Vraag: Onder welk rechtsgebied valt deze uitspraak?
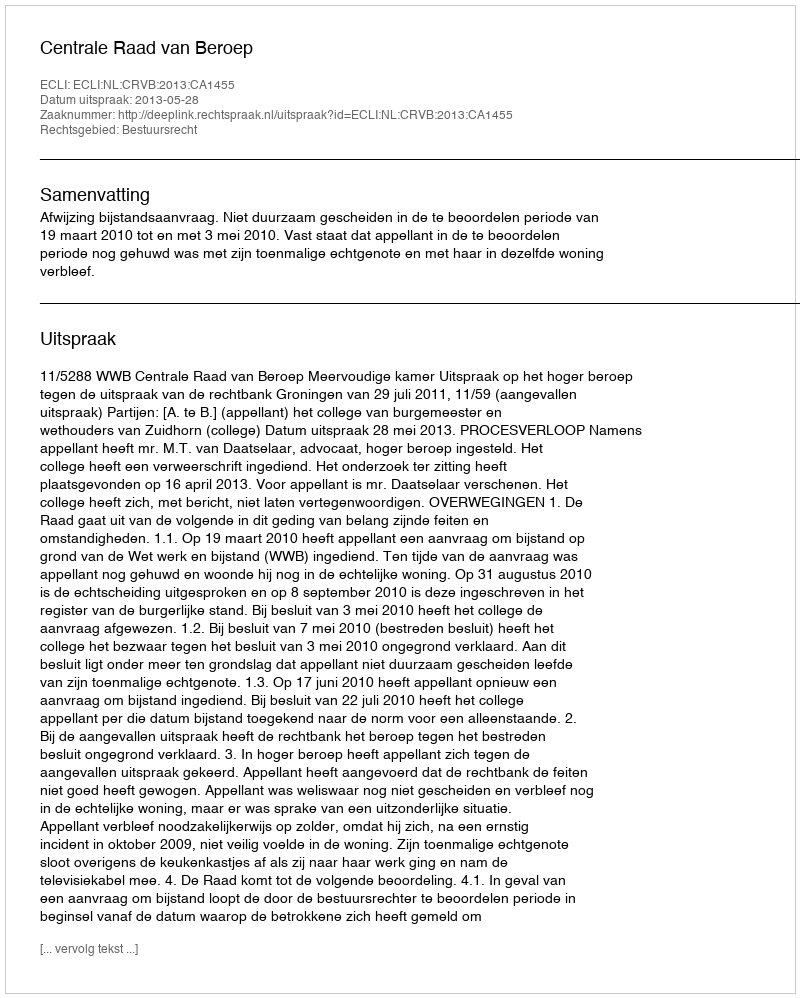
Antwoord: Bestuursrecht